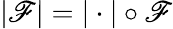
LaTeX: |\mathscr{F}|=|\cdot|\circ\mathscr{F}